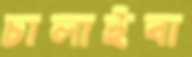
চালাইবা